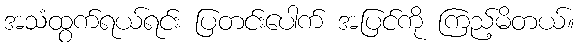
အသံထွက်ရယ်ရင်း ပြတင်းပေါက် အပြင်ကို ကြည့်မိတယ်။